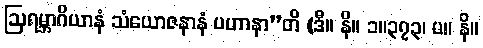
ဩရမ္ဘာဂိယာနံ သံယောဇနာနံ ပဟာနာ”တိ (ဒီ။ နိ။ ၁။၃၇၃၊ မ။ နိ။